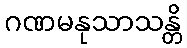
ဂဏမနုသာသန္တိ